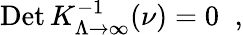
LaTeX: \mathrm{Det}\, K_{\Lambda\to\infty}^{-1}(\nu)=0\; \; ,